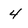
Character: 4